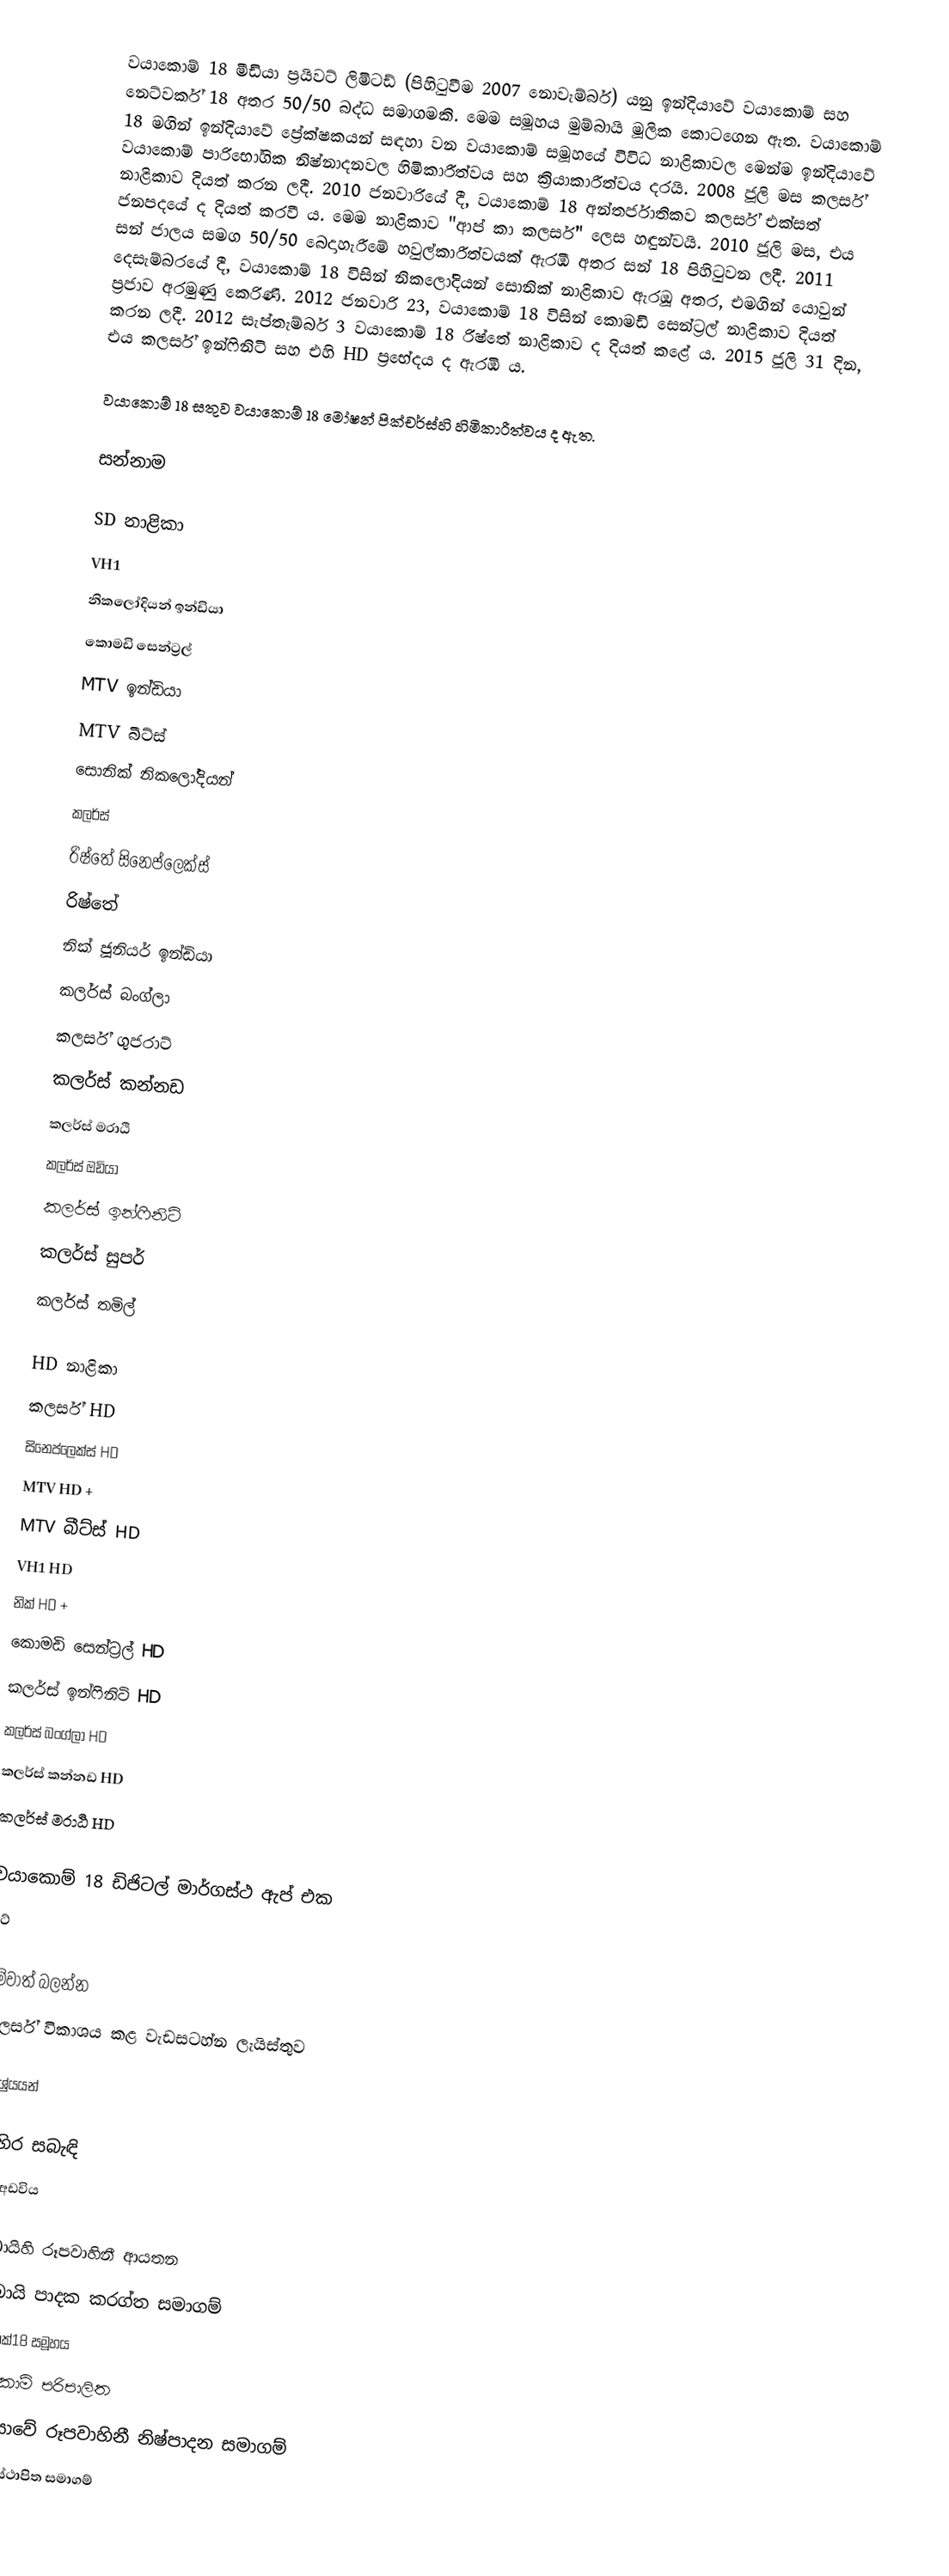
වයාකොම් 18 මීඩියා ප්‍රයිවට් ලිමිටඩ් (පිහිටුවීම 2007 නොවැම්බර්) යනු ඉන්දියාවේ වයාකොම් සහ නෙට්වර්ක් 18 අතර 50/50 බද්ධ සමාගමකි. මෙම සමූහය මුම්බායි මූලික කොටගෙන ඇත. වයාකොම් 18 මගින් ඉන්දියාවේ ප්‍රේක්ෂකයන් සඳහා වන වයාකොම් සමූහයේ විවිධ නාළිකාවල මෙන්ම ඉන්දියාවේ වයාකොම් පාරිභෝගික නිෂ්නාදනවල හිමිකාරීත්වය සහ ක්‍රියාකාරීත්වය දරයි. 2008 ජූලි මස කලර්ස් නාළිකාව දියත් කරන ලදී. 2010 ජනවාරියේ දී, වයාකොම් 18 අන්තර්ජාතිකව කලර්ස් එක්සත් ජනපදයේ ද දියත් කරවී ය. මෙම නාළිකාව "ආප් කා කලර්ස්" ලෙස හඳුන්වයි. 2010 ජූලි මස, එය සන් ජාලය සමග 50/50 බෙදාහැරීමේ හවුල්කාරීත්වයක් ඇරඹි අතර සන් 18 පිහිටුවන ලදී. 2011 දෙසැම්බරයේ දී, වයාකොම් 18 විසින් නිකලෝදියන් සොනික් නාළිකාව ඇරඹූ අතර, එමගින් යොවුන් ප්‍රජාව අරමුණු කෙරිණි. 2012 ජනවාරි 23, වයාකොම් 18 විසින් කොමඩි සෙන්ට්‍රල් නාළිකාව දියත් කරන ලදී. 2012 සැප්තැම්බර් 3 වයාකොම් 18 රිෂ්තේ නාළිකාව ද දියත් කළේ ය. 2015 ජූලි 31 දින, එය කලර්ස් ඉන්ෆිනිටි සහ එහි HD ප්‍රභේදය ද ඇරඹී ය.

වයාකොම් 18 සතුව වයාකොම් 18 මෝෂන් පික්චර්ස්හි හිමිකාරීත්වය ද ඇත.

සන්නාම

SD නාළිකා
VH1
නිකලෝදියන් ඉන්ඩියා
කොමඩි සෙන්ට්‍රල්
MTV ඉන්ඩියා
MTV බීට්ස්
සොනික් නිකලෝදියන්
කලර්ස්
රිෂ්තේ සිනෙප්ලෙක්ස්
රිෂ්තේ
නික් ජූනියර් ඉන්ඩියා
කලර්ස් බංග්ලා
කලර්ස් ගුජරාට්
කලර්ස් කන්නඩ
කලර්ස් මරාඨි
කලර්ස් ඔඩියා
කලර්ස් ඉන්ෆිනිටි
කලර්ස් සුපර්
කලර්ස් තමිල්

HD නාළිකා
කලර්ස් HD
සිනෙප්ලෙක්ස් HD
MTV HD +
MTV බීට්ස් HD
VH1 HD
නික් HD +
කොමඩි සෙන්ට්‍රල් HD
කලර්ස් ඉන්ෆිනිටි HD
කලර්ස් බංග්ලා HD
කලර්ස් කන්නඩ HD
කලර්ස් මරාඨි HD

වයාකොම් 18 ඩිජිටල් මාර්ගස්ථ ඇප් එක
වූට්

මේවාත් බලන්න
කලර්ස් විකාශය කළ වැඩසටහ්න ලැයිස්තුව

ආශ්‍රේයයන්

බාහිර සබැඳි
නිල අඩවිය

මුම්බායිහි රූපවාහිනී ආයතන
මුම්බායි පාදක කරග්ත සමාගම්
නෙට්වර්ක්18 සමූහය
වයාකොම් පරිපාලිත
ඉන්දියාවේ රූපවාහිනී නිෂ්පාදන සමාගම්
1996දී ස්ථාපිත සමාගම්